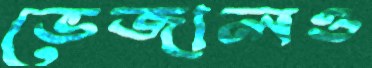
ভেজালও